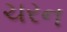
ચરન